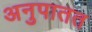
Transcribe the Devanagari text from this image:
अनुपातत